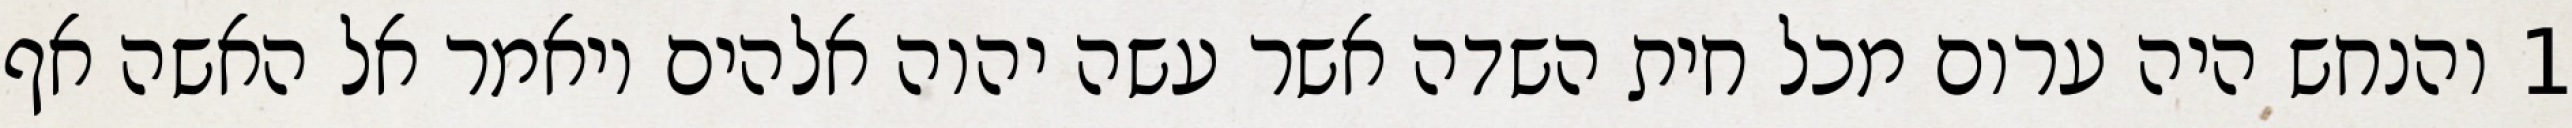
1 והנחש היה ערום מכל חית השדה אשר עשה יהוה אלהים ויאמר אל האשה אף